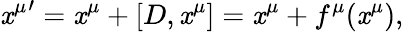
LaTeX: {\mathit{x}^{\mu}}^{\prime}=\mathit{x}^{\mu}+[D,\mathit{x}^{\mu}]=\mathit{x}^{\mu}+f^{\mu}(\mathit{x}^{\mu}),